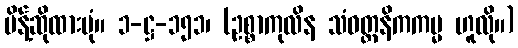
မိန့်ဆိုထားပုံ။ ၁-ဋ္ဌ-၁၅၁၊ (ဥစ္စာကုလိန သံဝတ္တနိကကမ္မ ဟူလို။)